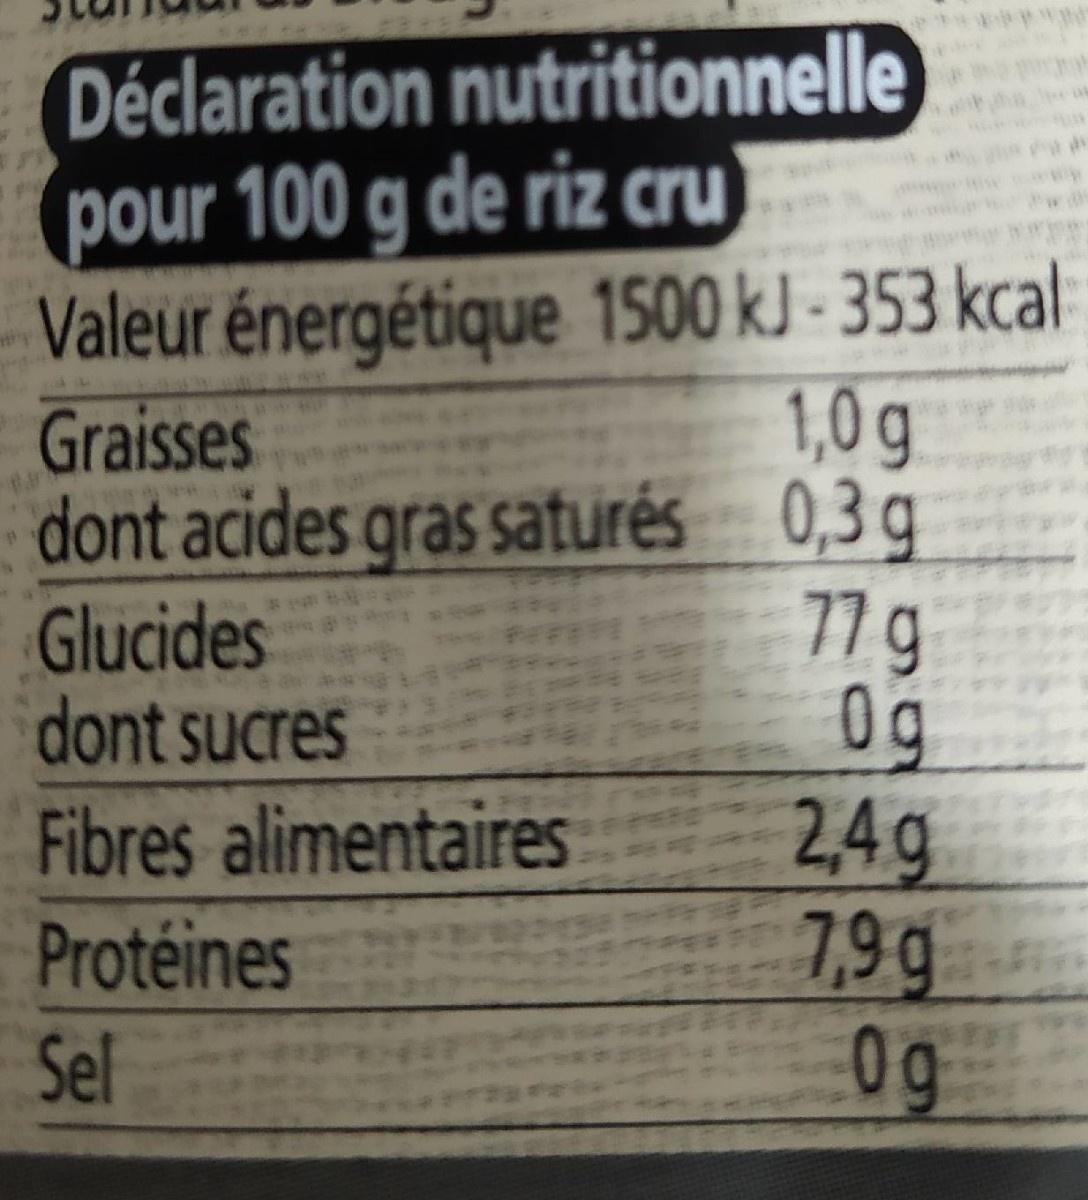
Déclaration nutritionnelle pour 100 g de riz cru) Valeur énergétique 1500 kJ - 353 kcal 1,0 g dont acides gras saturés 0,3 g 77 g 0g 2,4g 7,9g 0g
Graisses
Glucides dont sucres Fibres alimentaires
Protéines
Sel